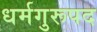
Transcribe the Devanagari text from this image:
धर्मगुरूपद